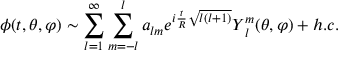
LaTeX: \phi ( t , \theta , \varphi ) \sim \sum _ { l = 1 } ^ { \infty } \sum _ { m = - l } ^ { l } a _ { l m } e ^ { i \frac { t } { R } \sqrt { l ( l + 1 ) } } Y _ { \; l } ^ { m } ( \theta , \varphi ) + h . c .